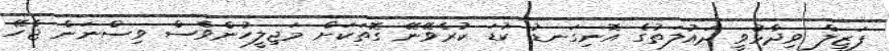
ފަޒީލް ވިދާޅުވީ ދައުލަތުގެ އޮނިގަނޑު ކުޑަ ކުރެވޭނޭ ގޮތަކަށް މަޖިލީހުންވެސް ވިސްނަން ޖެހޭ